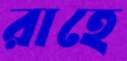
রাহে